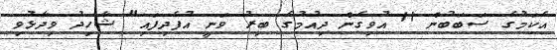
އެކަމުގެ ސަބަބުން 11 އުވިގެން ދިއުމުގެ ބިރު ވަނީ އުފެދިފައި" ޝާހިދު ވިދާޅުވި